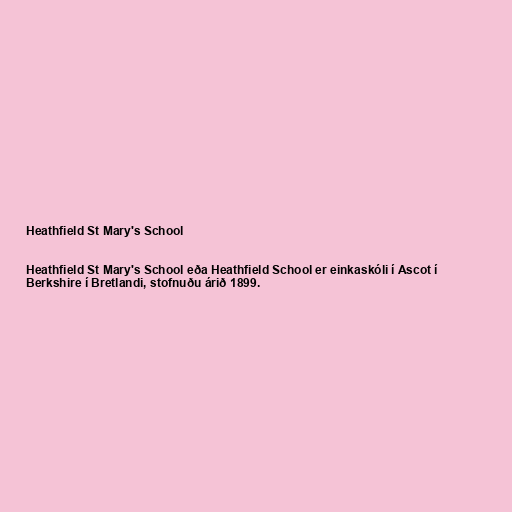
Heathfield St Mary's School

Heathfield St Mary's School eða Heathfield School er einkaskóli í Ascot í
Berkshire í Bretlandi, stofnuðu árið 1899.